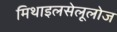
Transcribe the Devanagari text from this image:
मिथाइलसेलूलोज